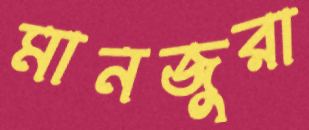
মানজুরা